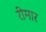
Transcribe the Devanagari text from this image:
रीमार